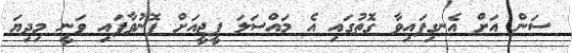
ސަން އަށް އެނގިފައިވާ ގޮތުގައި އެ މައްސަލަ ޕީޖީއަށް ފޮނުވާފައި ވަނީ މިދިޔަ